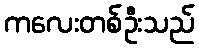
ကလေးတစ်ဦးသည်